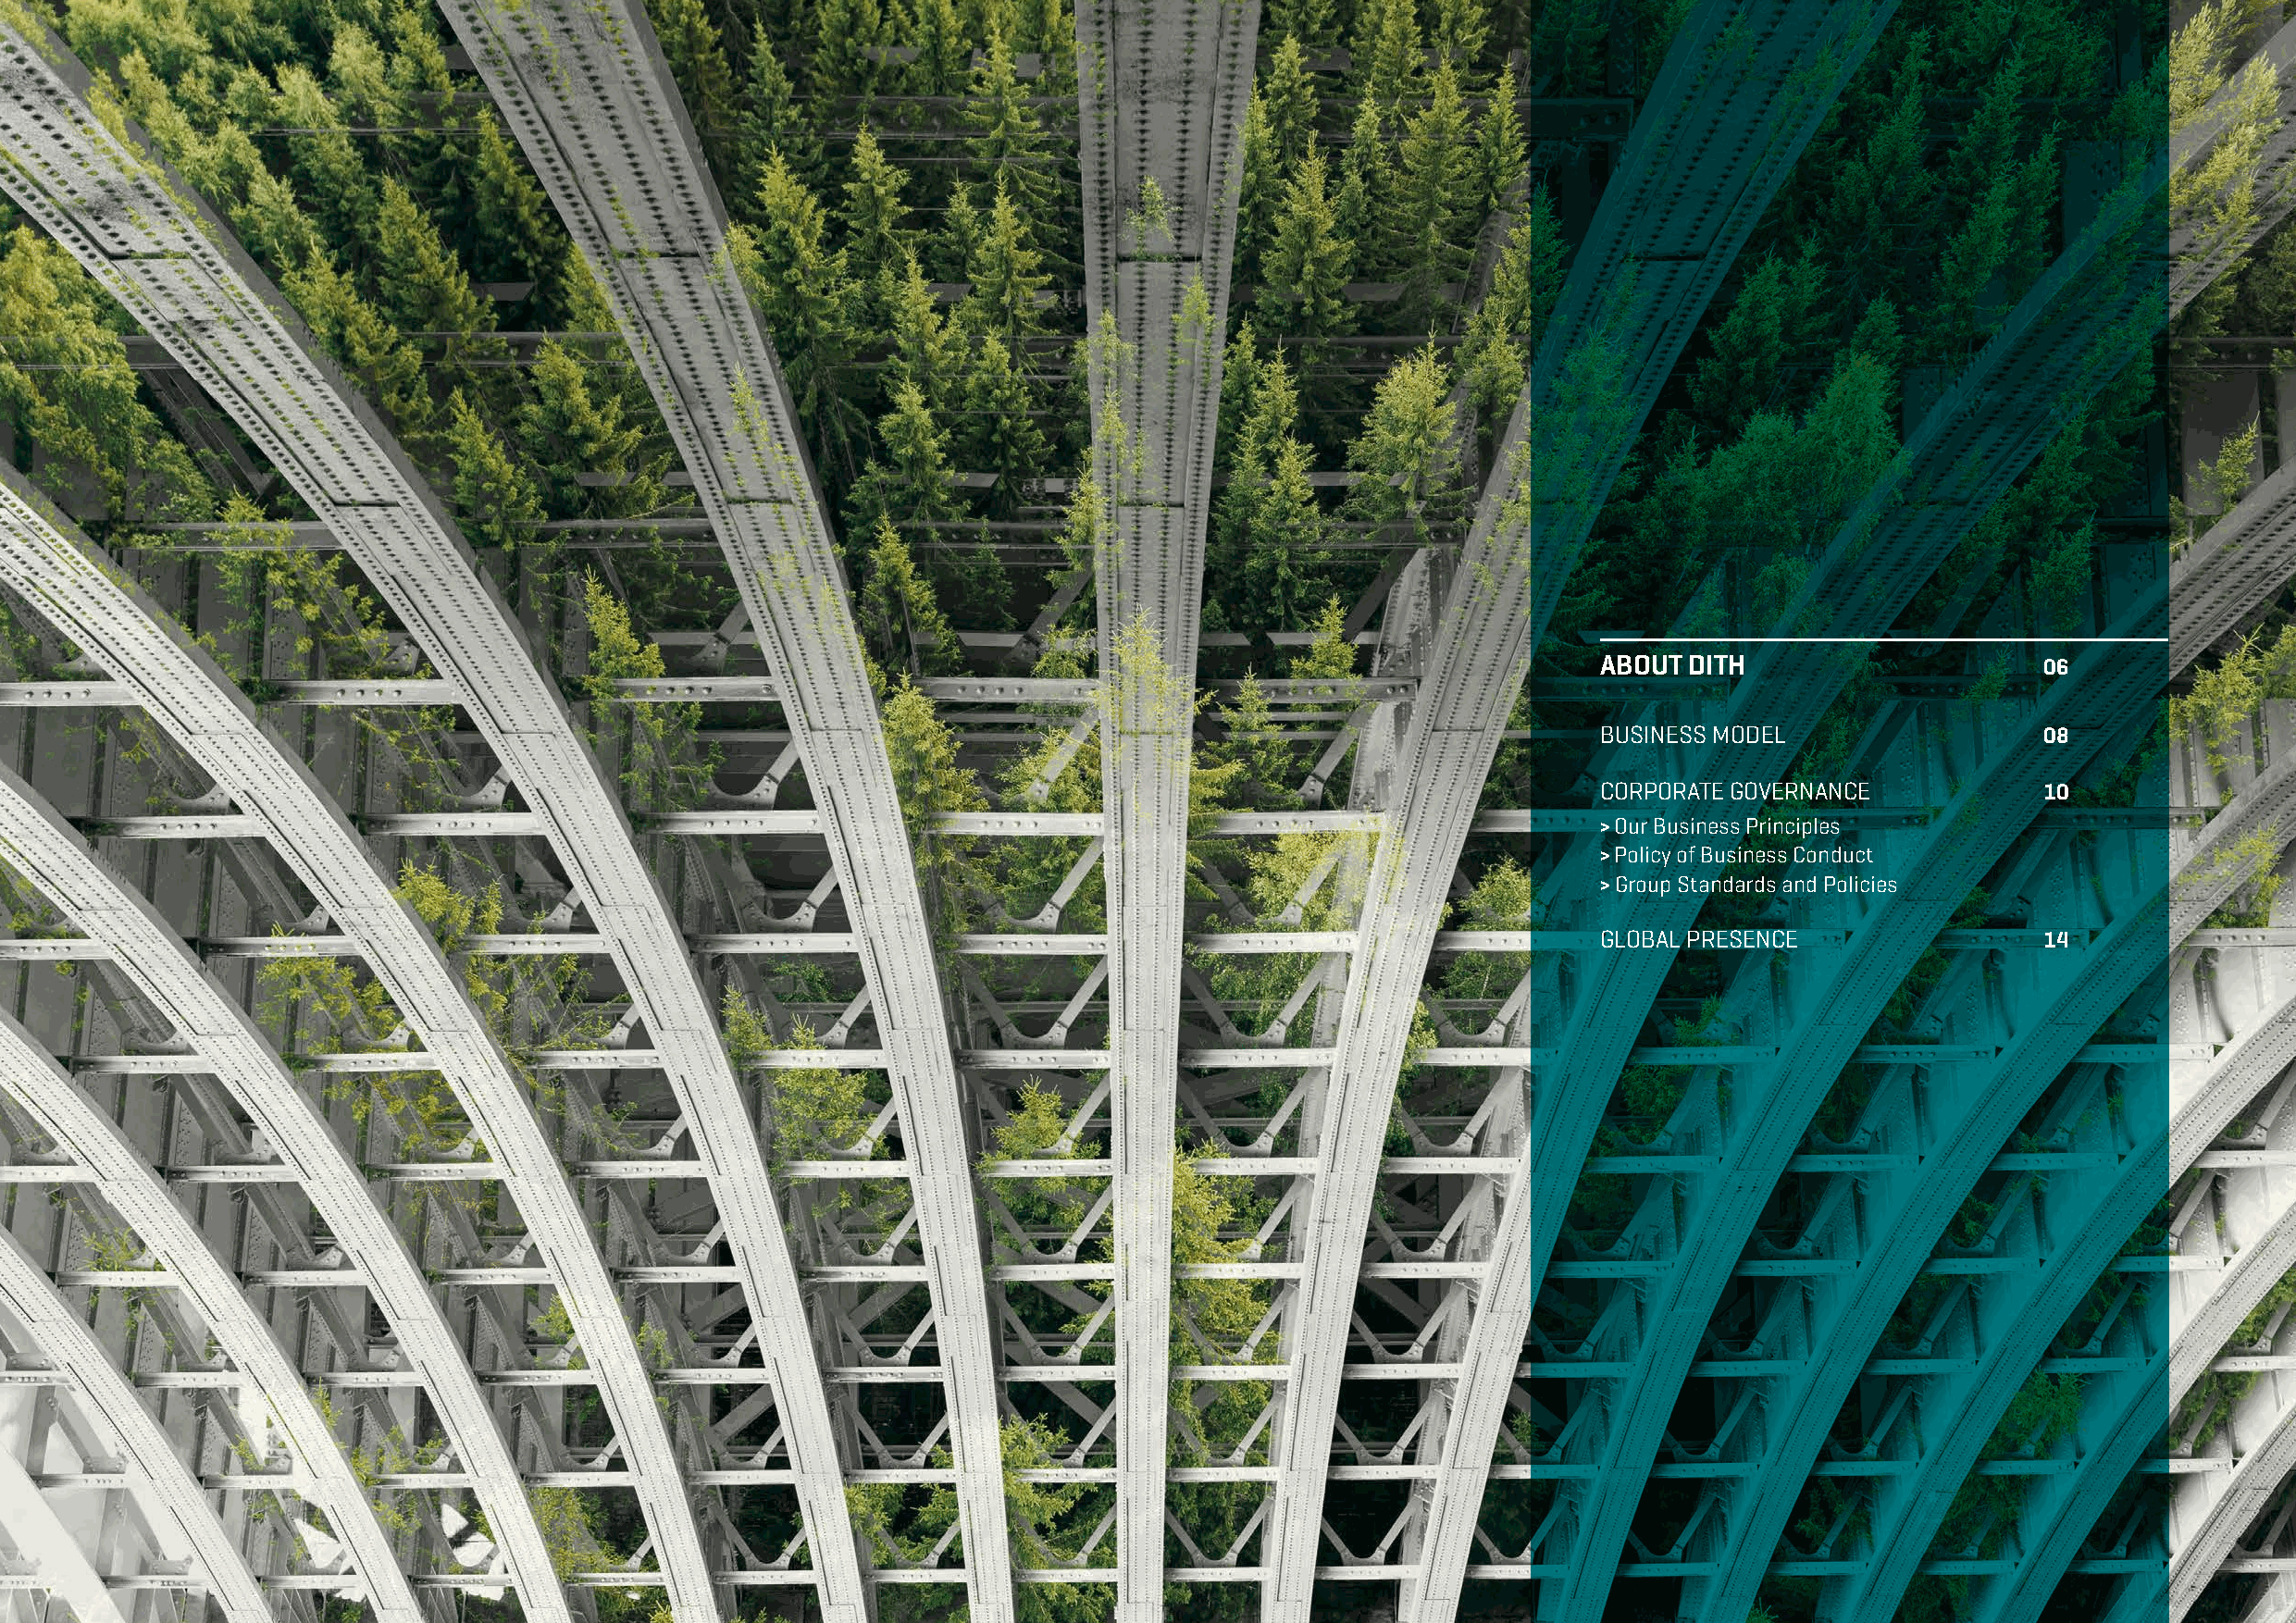
SUSTAINABILITY OUTLOOK 2020                                                                                                                  ABOUT DITH
 ABOUT  DITH                     06
 BUSINESS MODEL                  08
 CORPORATE GOVERNANCE            10
 > Our Business Principles
 > Policy of Business Conduct
 > Group Standards and Policies
 GLOBAL PRESENCE                 14
 4                                                                                                                                                   5